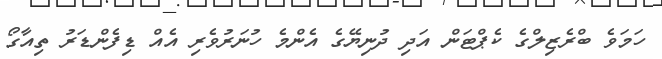
ހަމަވެ ބްރެޒިލްގެ ކެޕްޓަން އަދި ދުނިޔޭގެ އެންމެ ހުނަރުވެރި އެއް ޑިފެންޑަރު ތިއާގޯ